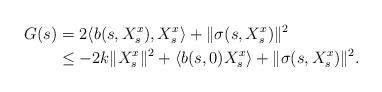
LaTeX: \begin{align*}G(s) &= 2\langle b(s,X^x_s), X^x_s \rangle + \| \sigma(s,X^x_s) \|^2 \\& \leq -2k \| X^x_s\|^2 + \langle b(s,0) X^x_s \rangle + \| \sigma(s,X^x_s) \|^2.\end{align*}